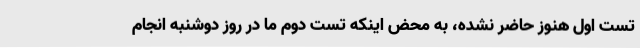
تست اول هنوز حاضر نشده، به محض اینکه تست دوم ما در روز دوشنبه انجام